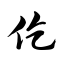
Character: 仡